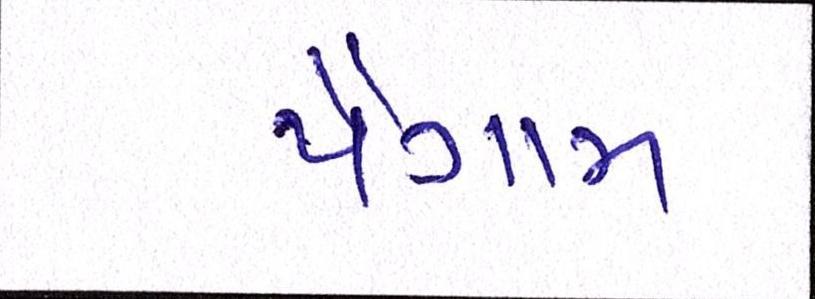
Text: પૈગામ